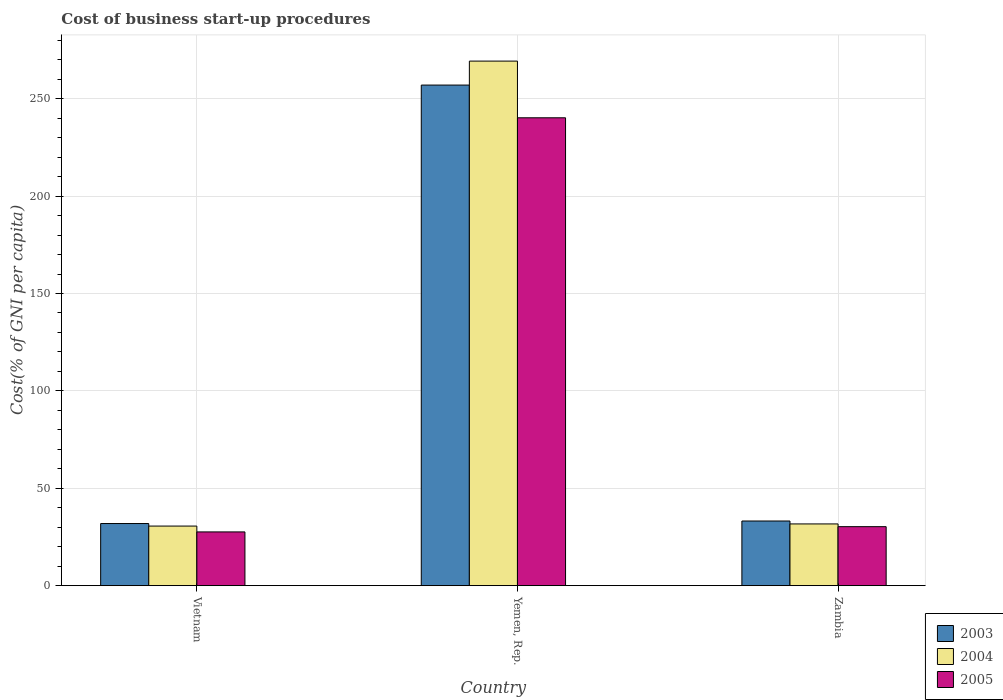
| Country | 2003 | 2004 | 2005 |
 | --- | --- | --- | --- |
 | Vietnam | 31.9 | 30.6 | 27.6 |
 | Yemen, Rep. | 257 | 269 | 240 |
 | Zambia | 33.2 | 31.7 | 30.3 |